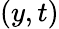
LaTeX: (y,t)